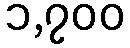
၁,၇၀၀